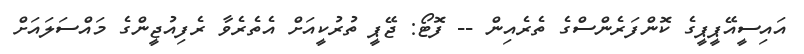
އައިސީއޭޕީޕީގެ ކޮންފަރެންސްގެ ތެރެއިން -- ފޮޓޯ: ޖޭޕީ ތުރުކީއަށް އެތެރެވާ ރެފިއުޖީންގެ މައްސަލައަށް